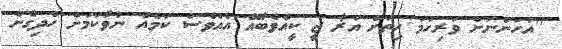
"އަހަންނަށް ވަރިހަމަ ހިތަށް އަރާ ޖީ ކީއްވެބާއޭ އެއްވެސް ކަމެއް ނުވާކަމަށް ހެދިގެން